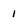
Character: 1